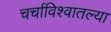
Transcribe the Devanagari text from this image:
चर्चाविश्वातल्या